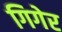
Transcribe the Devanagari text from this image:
गिगेर